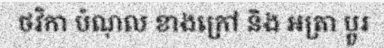
ថវិកា បំណុល ខាងក្រៅ និង អត្រា ប្តូរ